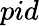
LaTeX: pid